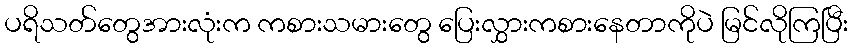
ပရိသတ်တွေအားလုံးက ကစားသမားတွေ ပြေးလွှားကစားနေတာကိုပဲ မြင်လိုကြပြီး